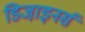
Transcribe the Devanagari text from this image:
डिजा़इनर्स